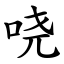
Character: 哓